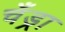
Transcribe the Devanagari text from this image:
चँड्रा